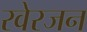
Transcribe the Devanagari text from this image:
रवेरजन